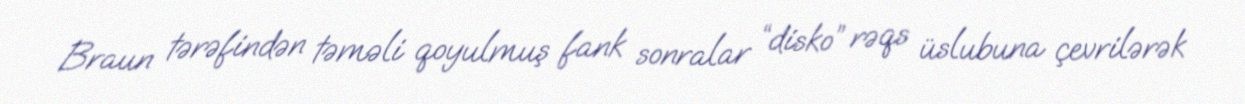
Braun tərəfindən təməli qoyulmuş fank sonralar “disko” rəqs üslubuna çevrilərək